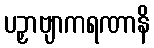
ပဉှာဗျာကရဏာနိ